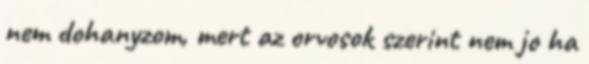
nem dohanyzom, mert az orvosok szerint nem jo ha